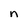
Character: n